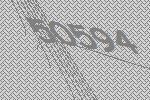
50594